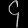
Digit: ၄